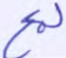
لمع